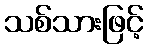
သစ်သားဖြင့်